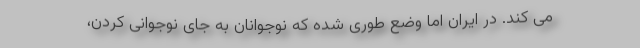
می کند. در ایران اما وضع طوری شده که نوجوانان به جای نوجوانی کردن،